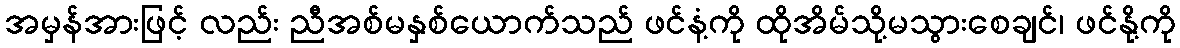
အမှန်အားဖြင့် လည်း ညီအစ်မနှစ်ယောက်သည် ဖင်နံ့ကို ထိုအိမ်သို့မသွားစေချင်၊ ဖင်နို့ကို